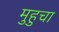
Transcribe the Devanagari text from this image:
मुहुचा